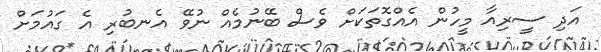
އަދި ސީރިއާ މީހުން އެއްގޮތަކަށް ވެސް ބޭނުމެއް ނުވޭ އެނބުރި އެ ގައުމަށް